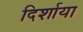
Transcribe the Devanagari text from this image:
दिर्शाया